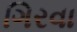
ગિરવા